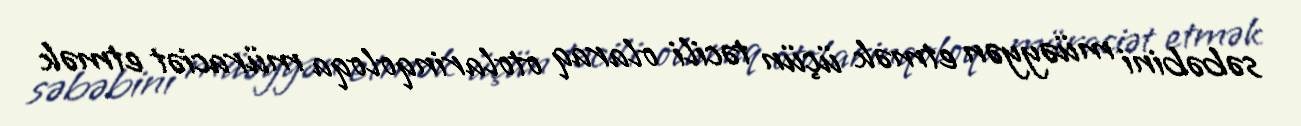
səbəbini müəyyən etmək üçün təcili olaraq otolarinqoloqa müraciət etmək